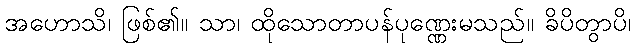
အဟောသိ၊ ဖြစ်၏။ သာ၊ ထိုသောတာပန်ပုဏ္ဏေးမသည်။ ခိပိတွာပိ၊